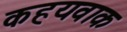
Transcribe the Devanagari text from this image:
कहयवाक